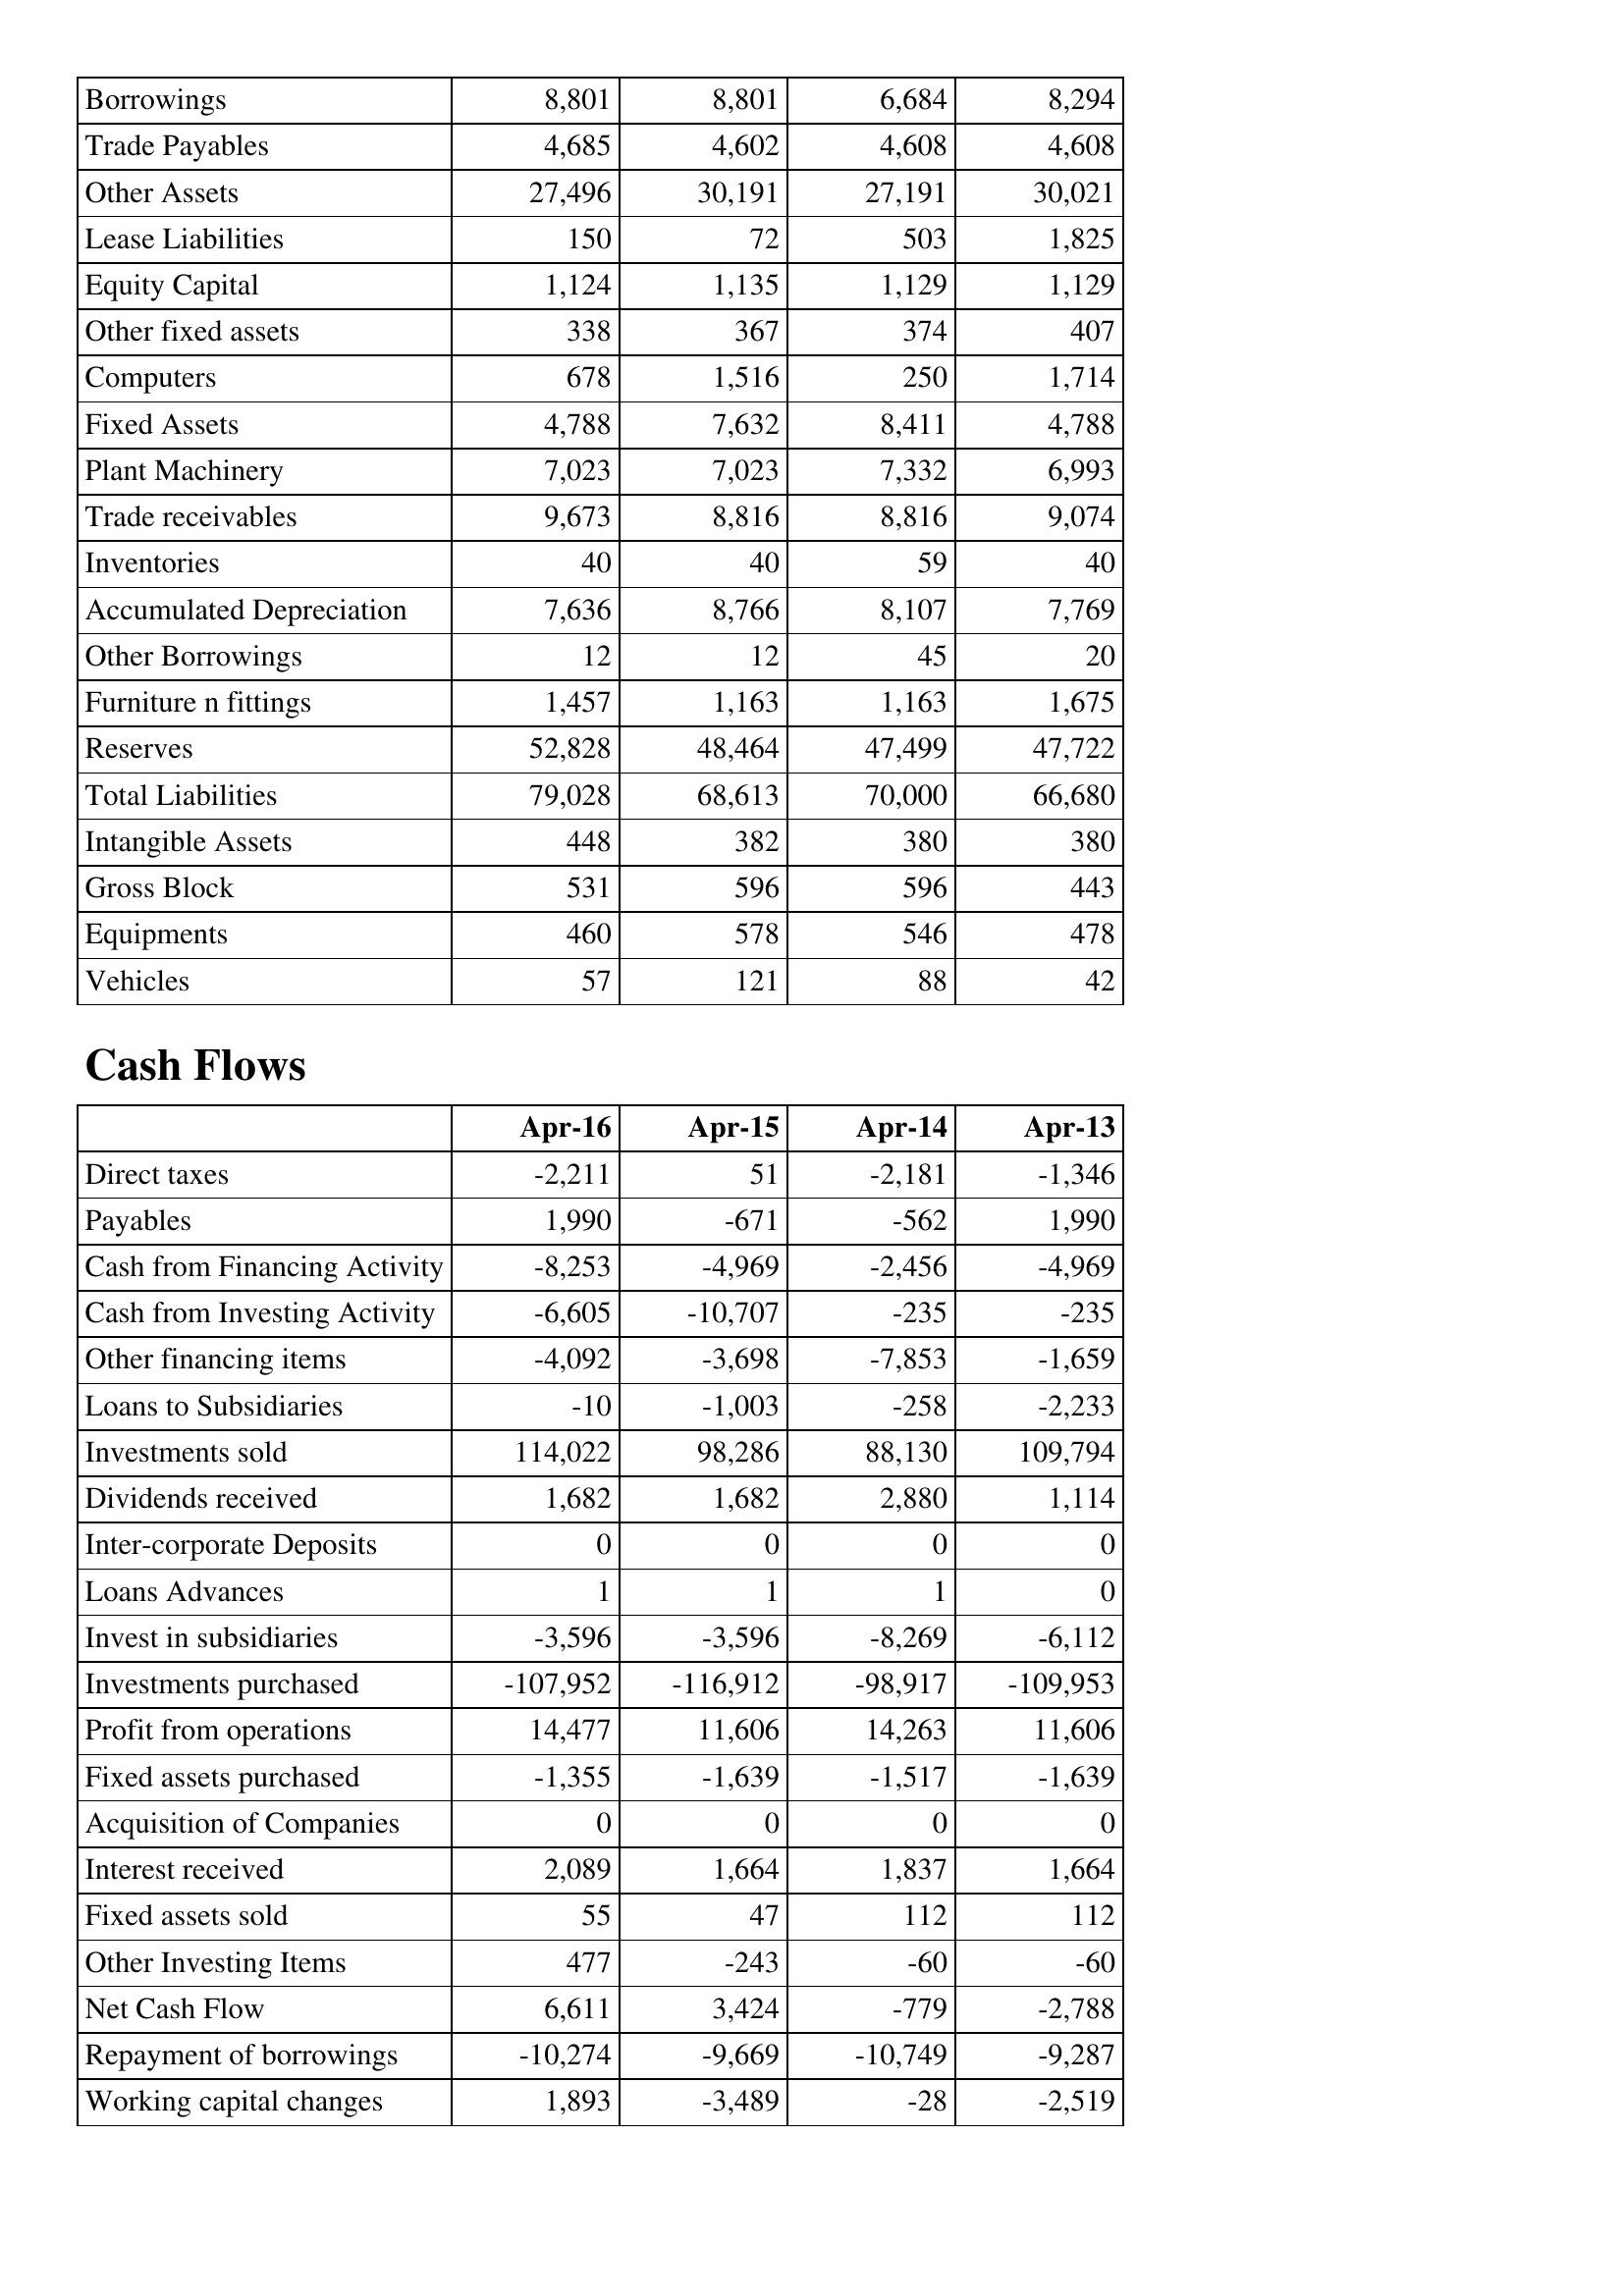
Apr-16: Balance Sheet: Borrowings: 8,801
Trade Payables: 4,685
Other Assets: 27,496
Lease Liabilities: 150
Equity Capital: 1,124
Other fixed assets: 338
Computers: 678
Fixed Assets: 4,788
Plant Machinery: 7,023
Trade receivables: 9,673
Inventories: 40
Accumulated Depreciation: 7,636
Other Borrowings: 12
Furniture n fittings: 1,457
Reserves: 52,828
Total Liabilities: 79,028
Intangible Assets: 448
Gross Block: 531
Equipments: 460
Vehicles: 57
Cash Flows: Direct taxes: -2,211
Payables: 1,990
Cash from Financing Activity: -8,253
Cash from Investing Activity: -6,605
Other financing items: -4,092
Loans to Subsidiaries: -10
Investments sold: 114,022
Dividends received: 1,682
Inter-corporate Deposits: 0
Loans Advances: 1
Invest in subsidiaries: -3,596
Investments purchased: -107,952
Profit from operations: 14,477
Fixed assets purchased: -1,355
Acquisition of Companies: 0
Interest received: 2,089
Fixed assets sold: 55
Other Investing Items: 477
Net Cash Flow: 6,611
Repayment of borrowings: -10,274
Working capital changes: 1,893
Apr-15: Balance Sheet: Borrowings: 8,801
Trade Payables: 4,602
Other Assets: 30,191
Lease Liabilities: 72
Equity Capital: 1,135
Other fixed assets: 367
Computers: 1,516
Fixed Assets: 7,632
Plant Machinery: 7,023
Trade receivables: 8,816
Inventories: 40
Accumulated Depreciation: 8,766
Other Borrowings: 12
Furniture n fittings: 1,163
Reserves: 48,464
Total Liabilities: 68,613
Intangible Assets: 382
Gross Block: 596
Equipments: 578
Vehicles: 121
Cash Flows: Direct taxes: 51
Payables: -671
Cash from Financing Activity: -4,969
Cash from Investing Activity: -10,707
Other financing items: -3,698
Loans to Subsidiaries: -1,003
Investments sold: 98,286
Dividends received: 1,682
Inter-corporate Deposits: 0
Loans Advances: 1
Invest in subsidiaries: -3,596
Investments purchased: -116,912
Profit from operations: 11,606
Fixed assets purchased: -1,639
Acquisition of Companies: 0
Interest received: 1,664
Fixed assets sold: 47
Other Investing Items: -243
Net Cash Flow: 3,424
Repayment of borrowings: -9,669
Working capital changes: -3,489
Apr-14: Balance Sheet: Borrowings: 6,684
Trade Payables: 4,608
Other Assets: 27,191
Lease Liabilities: 503
Equity Capital: 1,129
Other fixed assets: 374
Computers: 250
Fixed Assets: 8,411
Plant Machinery: 7,332
Trade receivables: 8,816
Inventories: 59
Accumulated Depreciation: 8,107
Other Borrowings: 45
Furniture n fittings: 1,163
Reserves: 47,499
Total Liabilities: 70,000
Intangible Assets: 380
Gross Block: 596
Equipments: 546
Vehicles: 88
Cash Flows: Direct taxes: -2,181
Payables: -562
Cash from Financing Activity: -2,456
Cash from Investing Activity: -235
Other financing items: -7,853
Loans to Subsidiaries: -258
Investments sold: 88,130
Dividends received: 2,880
Inter-corporate Deposits: 0
Loans Advances: 1
Invest in subsidiaries: -8,269
Investments purchased: -98,917
Profit from operations: 14,263
Fixed assets purchased: -1,517
Acquisition of Companies: 0
Interest received: 1,837
Fixed assets sold: 112
Other Investing Items: -60
Net Cash Flow: -779
Repayment of borrowings: -10,749
Working capital changes: -28
Apr-13: Balance Sheet: Borrowings: 8,294
Trade Payables: 4,608
Other Assets: 30,021
Lease Liabilities: 1,825
Equity Capital: 1,129
Other fixed assets: 407
Computers: 1,714
Fixed Assets: 4,788
Plant Machinery: 6,993
Trade receivables: 9,074
Inventories: 40
Accumulated Depreciation: 7,769
Other Borrowings: 20
Furniture n fittings: 1,675
Reserves: 47,722
Total Liabilities: 66,680
Intangible Assets: 380
Gross Block: 443
Equipments: 478
Vehicles: 42
Cash Flows: Direct taxes: -1,346
Payables: 1,990
Cash from Financing Activity: -4,969
Cash from Investing Activity: -235
Other financing items: -1,659
Loans to Subsidiaries: -2,233
Investments sold: 109,794
Dividends received: 1,114
Inter-corporate Deposits: 0
Loans Advances: 0
Invest in subsidiaries: -6,112
Investments purchased: -109,953
Profit from operations: 11,606
Fixed assets purchased: -1,639
Acquisition of Companies: 0
Interest received: 1,664
Fixed assets sold: 112
Other Investing Items: -60
Net Cash Flow: -2,788
Repayment of borrowings: -9,287
Working capital changes: -2,519